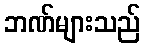
ဘဏ်များသည်